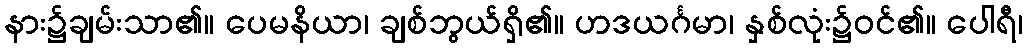
နား၌ချမ်းသာ၏။ ပေမနိယာ၊ ချစ်ဘွယ်ရှိ၏။ ဟဒယင်္ဂမာ၊ နှစ်လုံး၌ဝင်၏။ ပေါရီ၊